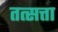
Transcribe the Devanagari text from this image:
तत्सत्ता